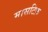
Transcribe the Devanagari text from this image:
मासटिफ़